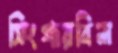
সিংগারবিল